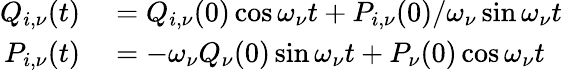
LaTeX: \begin{array}{rl}{Q_{i,\nu}(t)}&{{}=Q_{i,\nu}(0)\cos\omega_{\nu}t+P_{i,\nu}(0)/\omega_{\nu}\sin\omega_{\nu}t}\\ {P_{i,\nu}(t)}&{{}=-\omega_{\nu}Q_{\nu}(0)\sin\omega_{\nu}t+P_{\nu}(0)\cos\omega_{\nu}t}\end{array}